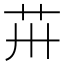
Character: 𦬢